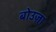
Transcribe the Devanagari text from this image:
बोउज़ा